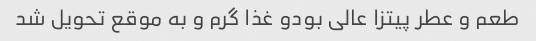
طعم و عطر پیتزا عالی بودو غذا گرم و به موقع تحویل شد